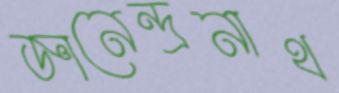
জ্ঞানেন্দ্রনাথ